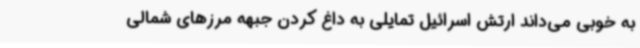
به خوبی می‌داند ارتش اسرائیل تمایلی به داغ کردن جبهه مرزهای شمالی